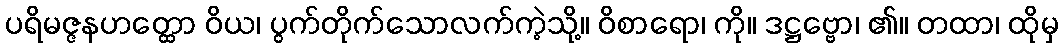
ပရိမဇ္ဇနဟတ္ထော ဝိယ၊ ပွက်တိုက်သောလက်ကဲ့သို့။ ဝိစာရော၊ ကို။ ဒဋ္ဌဗ္ဗော၊ ၏။ တထာ၊ ထိုမှ